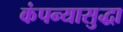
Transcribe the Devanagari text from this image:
कंपन्यासुद्धा